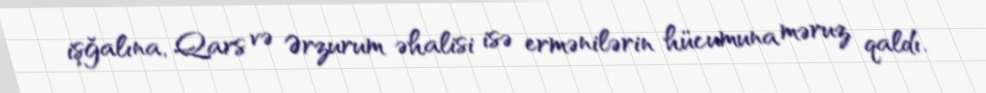
işğalına, Qars və Ərzurum əhalisi isə ermənilərin hücumuna məruz qaldı.